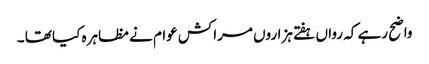
واضح رہے کہ رواں ہفتے ہزاروں مراکش عوام نے مظاہرہ کیا تھا ۔